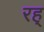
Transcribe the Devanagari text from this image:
रह्